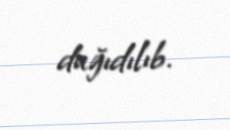
dağıdılıb.